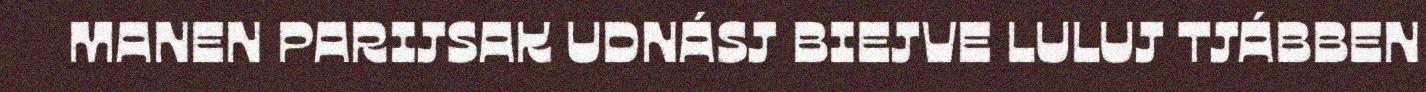
MANEN PARIJSAK UDNÁSJ BIEJVE LULUJ TJÁBBEN